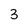
Character: 3